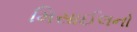
મિસાઈલનો